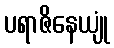
ပရာဇိနေယျုံ